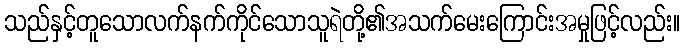
သည်နှင့်တူသောလက်နက်ကိုင်သောသူရဲတို့၏အသက်မေးကြောင်းအမှုဖြင့်လည်း။